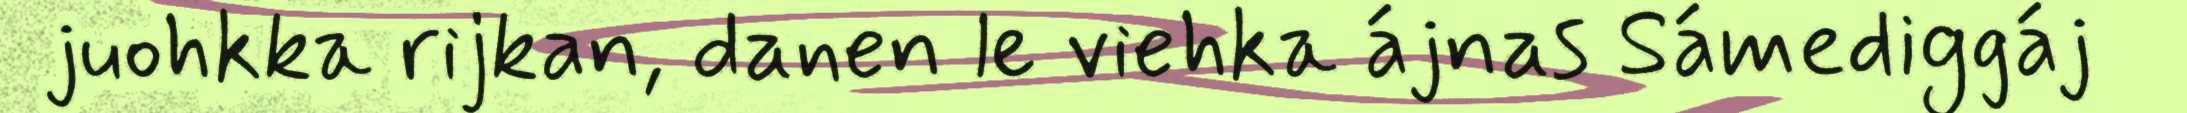
juohkka rijkan, danen le viehka ájnas Sámediggáj